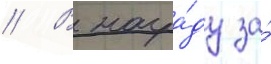
// В награ́ду за́